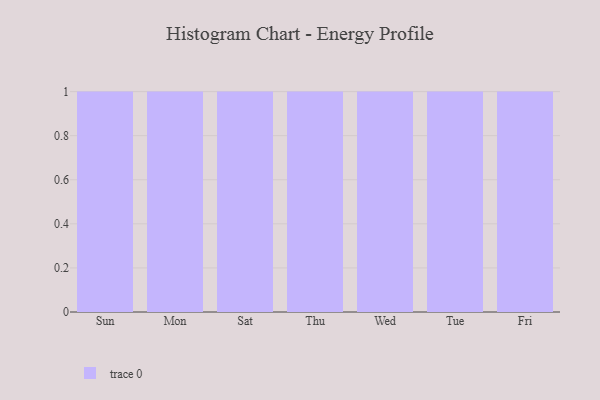
{"axis": {"x": "Day", "y": "Bounce Rate (%)"}, "legend": [""], "data": [{"x": "Sun", "y": 71, "type": ""}, {"x": "Mon", "y": 39, "type": ""}, {"x": "Sat", "y": 77, "type": ""}, {"x": "Thu", "y": 25, "type": ""}, {"x": "Wed", "y": 1, "type": ""}, {"x": "Tue", "y": 43, "type": ""}, {"x": "Fri", "y": 14, "type": ""}]}